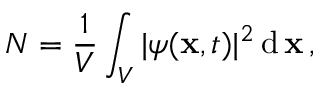
N = \frac { 1 } { V } \int _ { V } | \psi ( \mathbf { x } , t ) | ^ { 2 } \, \mathrm { d } \, \mathbf { x } \, ,